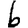
Digit: 6